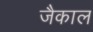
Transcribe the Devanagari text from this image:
जैकाल